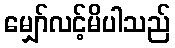
မျှော်လင့်မိပါသည်